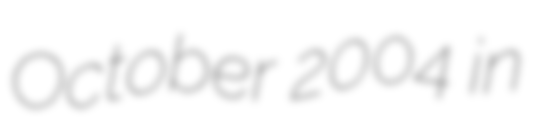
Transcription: October 2004 in